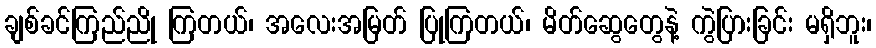
ချစ်ခင်ကြည်ညို ကြတယ်၊ အလေးအမြတ် ပြုကြတယ်၊ မိတ်ဆွေတွေနဲ့ ကွဲပြားခြင်း မရှိဘူး၊